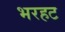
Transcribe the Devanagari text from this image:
भरहट